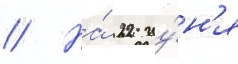
// На́ 22 иу́н'я